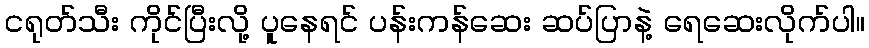
ငရုတ်သီး ကိုင်ပြီးလို့ ပူနေရင် ပန်းကန်ဆေး ဆပ်ပြာနဲ့ ရေဆေးလိုက်ပါ။